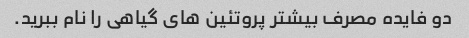
دو فایده مصرف بیشتر پروتئین های گیاهی را نام ببرید.